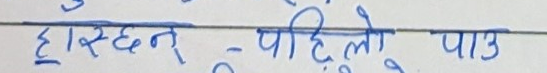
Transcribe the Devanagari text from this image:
हास्छन् - पहिलो पाउ